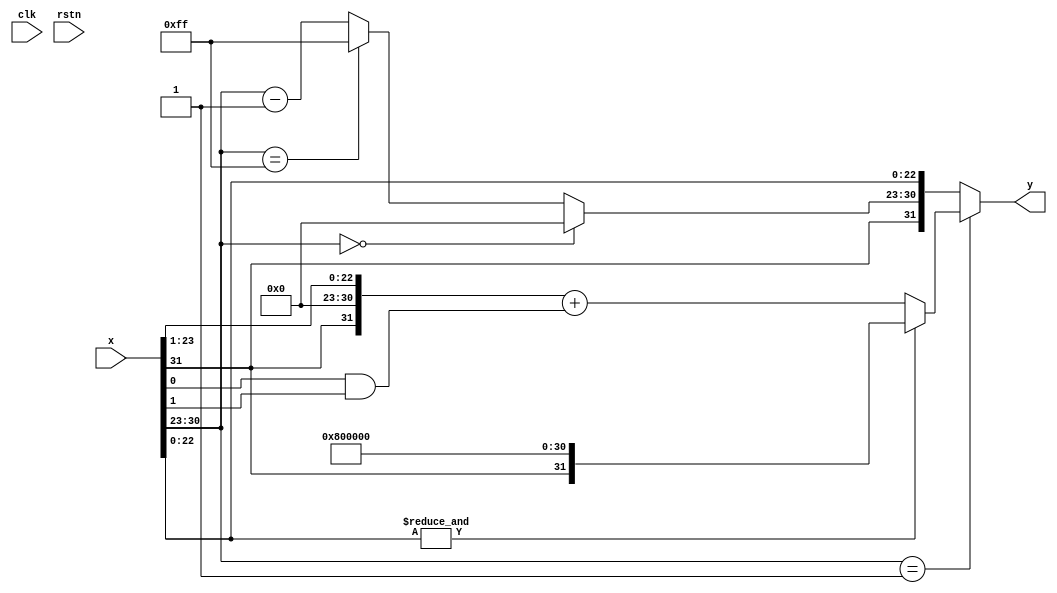
`default_nettype none

module fhalf (
    input wire [31:0] x,
    output wire [31:0] y,
    input wire clk,
    input wire rstn);

wire [7:0] e = x[30:23];
wire [22:0] m = x[22:0];
wire [7:0] xem1 =   (e == 8'b00000000) ? 8'b00000000 :
                    (e == 8'b11111111) ? 8'b11111111 : e - 1;

// e == 8'b00000001
// assign y = {x[31], xem1, x[22:0]};

// nan()
assign y = (e == 8'b00000001) ? ( (&m) ? {x[31], 8'b00000001, 23'b0} : {x[31], 8'b0, x[23:1]} + (x[0] & x[1])) :
            {x[31], xem1, x[22:0]};
endmodule

`default_nettype wire